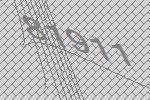
81911